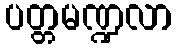
ပတ္တမဏ္ဍလာ